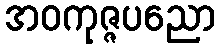
အဝကုဇ္ဇပညော